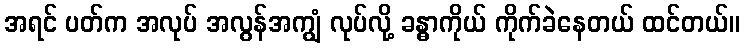
အရင် ပတ်က အလုပ် အလွန်အကျွံ လုပ်လို့ ခန္ဓာကိုယ် ကိုက်ခဲနေတယ် ထင်တယ်။